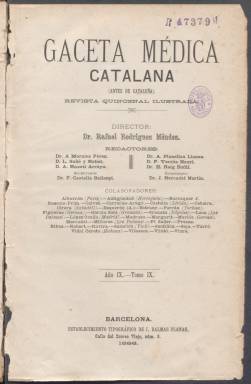
Título: Gaceta médica catalana
Colección: Medicina
Ámbito geográfico: Barcelona
Lugar de publicación: Barcelona
Fechas: 15/01/1886-30/06/1916